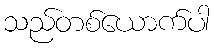
သည်တစ်ယောက်ပါ